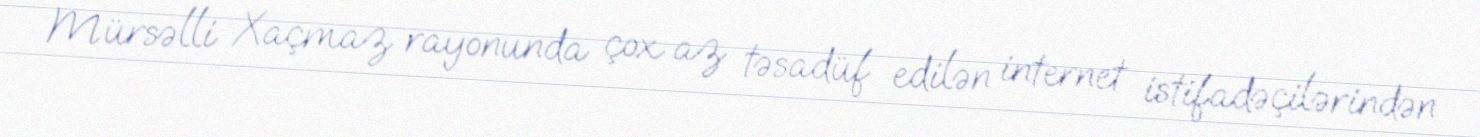
Mürsəlli Xaçmaz rayonunda çox az təsadüf edilən internet istifadəçilərindən